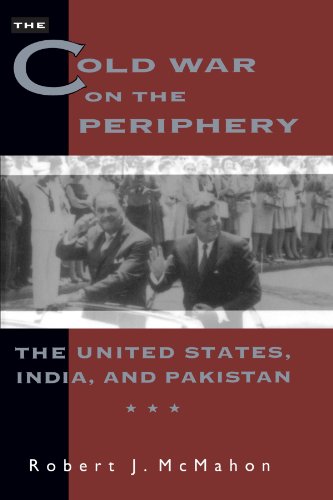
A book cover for The Cold War on the Periphery; Robert J. McMahon; History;